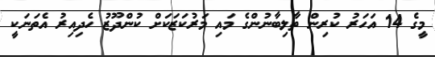
މީގެ 14 އަހަރު ކުރިން ތާލިބާނުންގެ މައި މަރުކަޒަކަށް ކުންދޫޒު ހެދިއިރު އެތަނަކީ